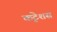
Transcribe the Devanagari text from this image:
कृटेशस